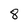
Character: 8